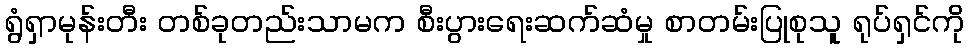
ရွံရှာမုန်းတီး တစ်ခုတည်းသာမက စီးပွားရေးဆက်ဆံမှု စာတမ်းပြုစုသူ ရုပ်ရှင်ကို